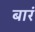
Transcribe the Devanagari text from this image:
बारं